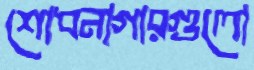
শোধনাগারগুলো